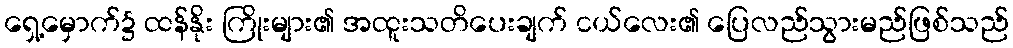
ရှေ့မှောက်၌ ထန်နိုး ကြိုးများ၏ အထူးသတိပေးချက် ငယ်လေး၏ ပြေလည်သွားမည်ဖြစ်သည်